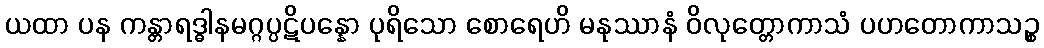
ယထာ ပန ကန္တာရဒ္ဓါနမဂ္ဂပ္ပဋိပန္နော ပုရိသော စောရေဟိ မနုဿာနံ ဝိလုတ္တောကာသံ ပဟတောကာသဉ္စ